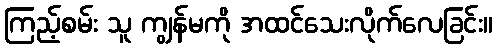
ကြည့်စမ်း သူ ကျွန်မကို အထင်သေးလိုက်လေခြင်း။